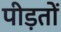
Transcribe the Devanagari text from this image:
पीड़तों